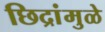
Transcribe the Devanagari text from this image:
छिद्रांमुळे